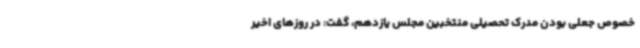
خصوص جعلی بودن مدرک تحصیلی منتخبین مجلس یازدهم، گفت: در روزهای اخیر